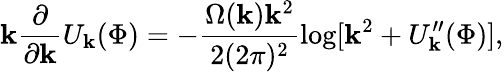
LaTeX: \mathbf{k}\frac{{\partial}}{{\partial\mathbf{k}}}U_{\mathbf{k}}(\Phi)=-\frac{{\Omega(\mathbf{k})\mathbf{k}^{2}}}{{2(2\pi)^{2}}}\log[\mathbf{k}^{2}+U_{\mathbf{k}}^{\prime\prime}(\Phi)],